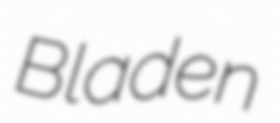
Bladen